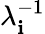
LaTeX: \lambda_{\mathbf{i}}^{-1}